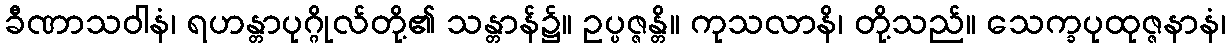
ခီဏာသဝါနံ၊ ရဟန္တာပုဂ္ဂိုလ်တို့၏ သန္တာန်၌။ ဥပ္ပဇ္ဇန္တိ။ ကုသလာနိ၊ တို့သည်။ သေက္ခပုထုဇ္ဇနာနံ၊